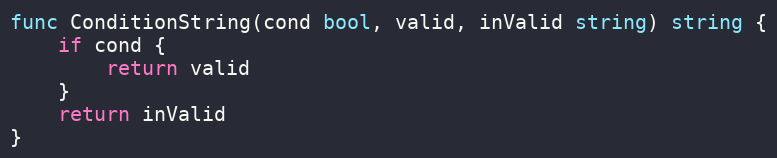
Language: Go
func ConditionString(cond bool, valid, inValid string) string {
	if cond {
		return valid
	}
	return inValid
}